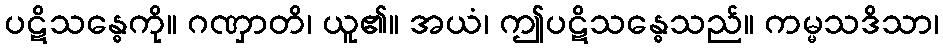
ပဋိသန္ဓေကို။ ဂဏှာတိ၊ ယူ၏။ အယံ၊ ဤပဋိသန္ဓေသည်။ ကမ္မသဒိသာ၊